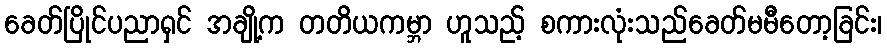
ခေတ်ပြိုင်ပညာရှင် အချို့က တတိယကမ္ဘာ ဟူသည့် စကားလုံးသည်ခေတ်မမီတော့ခြင်း၊